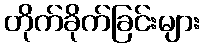
တိုက်ခိုက်ခြင်းများ